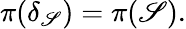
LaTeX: \pi(\delta_{\mathscr{S}})=\pi(\mathscr{S}).